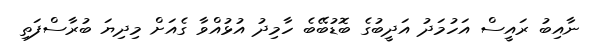
ނާއިބު ރައީސް އަހުމަދު އަދީބުގެ ބޮޑުބޭބެ ހާމިދު އުޅުއްވާ ގެއަށް މިދިޔަ ބުރާސްފަތި